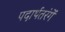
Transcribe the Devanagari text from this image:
पदार्थतरंगें